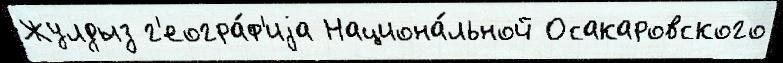
Жулдыз г'еогра́ф'иjа Национа́льной Осакаровского